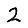
Digit: 2